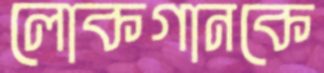
লোকগানকে